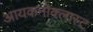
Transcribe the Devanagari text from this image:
आयकनोक्लास्ट